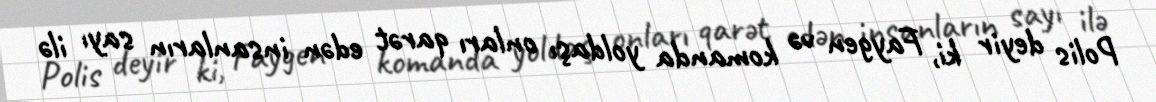
Polis deyir ki, Faygen və komanda yoldaşı onları qarət edən insanların sayı ilə